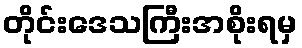
တိုင်းဒေသကြီးအစိုးရမှ